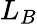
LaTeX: L_{B}